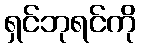
ရှင်ဘုရင်ကို